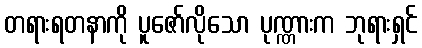
တရားရတနာကို ပူဇော်လိုသော ပုဏ္ဏားက ဘုရားရှင်